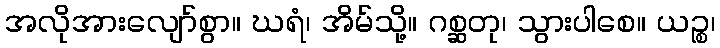
အလိုအားလျော်စွာ။ ဃရံ၊ အိမ်သို့။ ဂစ္ဆတု၊ သွားပါစေ။ ယဉ္စ၊